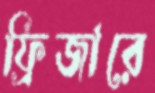
ফ্রিজারে